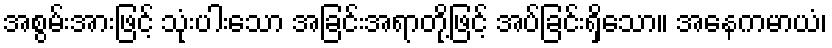
အစွမ်းအားဖြင့် သုံးပါးသော အခြင်းအရာတို့ဖြင့် အပ်ခြင်းရှိသော။ အနေကမာယံ၊